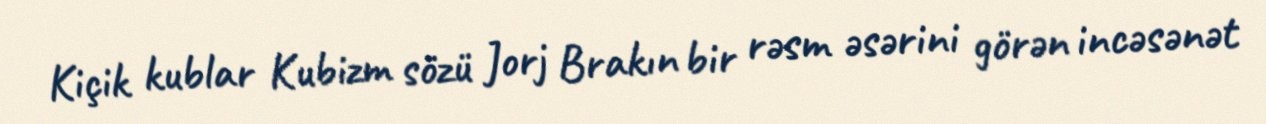
Kiçik kublar Kubizm sözü Jorj Brakın bir rəsm əsərini görən incəsənət